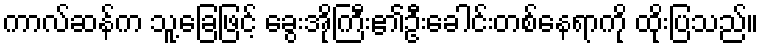
ကာလ်ဆန်က သူ့ခြေဖြင့် ခွေးအိုကြီး၏ဦးခေါင်းတစ်နေရာကို ထိုးပြသည်။